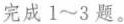
完成1~3题。